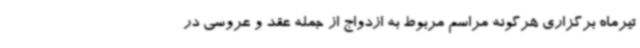
تیرماه برگزاری هرگونه مراسم مربوط به ازدواج از جمله عقد و عروسی در